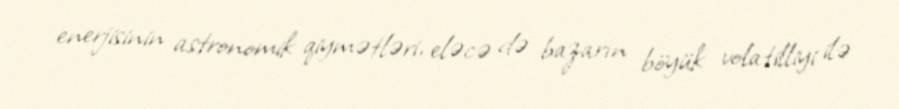
enerjisinin astronomik qiymətləri, eləcə də bazarın böyük volatilliyi ilə